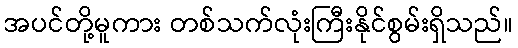
အပင်တို့မူကား တစ်သက်လုံးကြီးနိုင်စွမ်းရှိသည်။